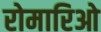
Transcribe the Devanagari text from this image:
रोमारिओ